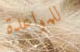
للمواعدة